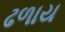
ઢળાય